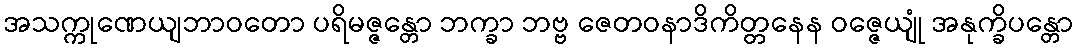
အသက္ကုဏေယျဘာဝတော ပရိမဇ္ဇန္တော ဘက္ခာ ဘဗ္ဗ ဇေတဝနာဒိကိတ္တနေန ဝဇ္ဇေယျုံ အနုက္ခိပန္တော